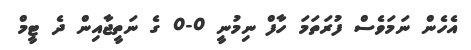
އެހެން ނަމަވެސް ފުރަތަމަ ހާފް ނިމުނީ 0-0 ގެ ނަތީޖާއިން ދެ ޓީމް